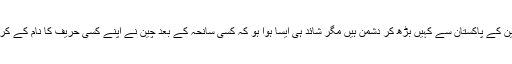
اس میں کیا شک ہے کہ چین کے پاکستان سے کہیں بڑھ کر دشمن ہیں مگر شائد ہی ایسا ہوا ہو کہ کسی سانحہ کے بعد چین نے اپنے کسی حریف کا نام کے کر اس پر الزام تراشی کی ہو۔